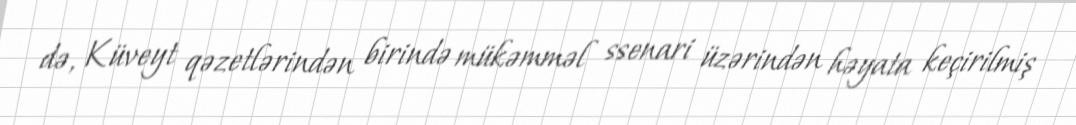
də, Küveyt qəzetlərindən birində mükəmməl ssenari üzərindən həyata keçirilmiş